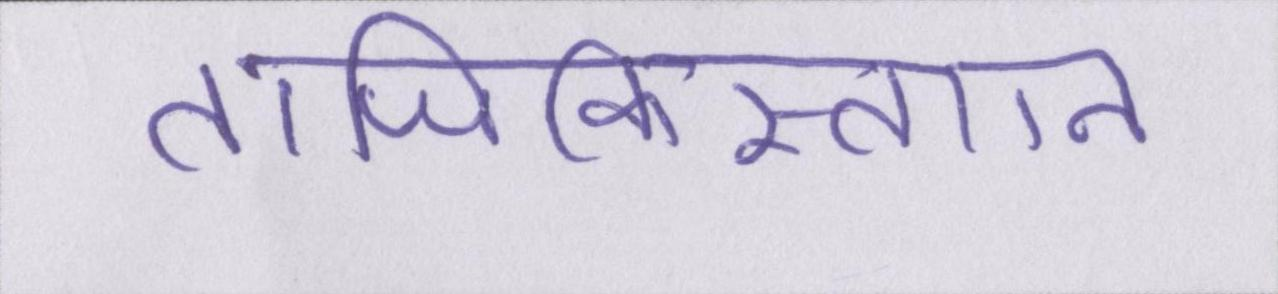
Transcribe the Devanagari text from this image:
ताजिकिस्तान